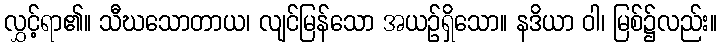
လွှင့်ရာ၏။ သီဃသောတာယ၊ လျင်မြန်သော အယဉ်ရှိသော။ နဒိယာ ဝါ၊ မြစ်၌လည်း။